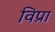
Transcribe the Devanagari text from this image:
विप्रा